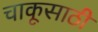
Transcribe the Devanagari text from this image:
चाकूसाठी